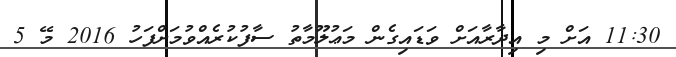
11:30 އަށް މި އިދާރާއަށް ވަޑައިގެން މަޢުލޫމާތު ސާފުކުރެއްވުމަށްފަހު 2016 މޭ 5